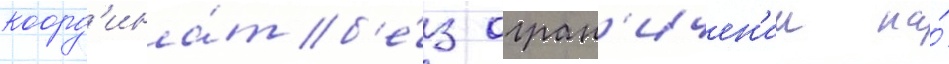
коорд'ина́т б'е́з огран'ичен'ии на́